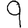
Digit: 9